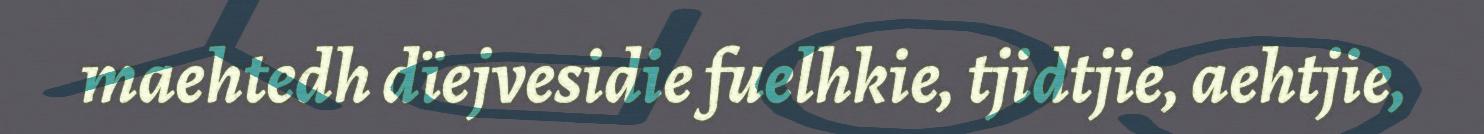
maehtedh dïejvesidie fuelhkie, tjidtjie, aehtjie,